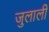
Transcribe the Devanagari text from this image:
जुलाली